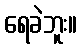
ရေခဲဘူး။